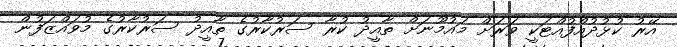
އޭރު ކުޅުދުއްފުއްޓަކީ ވަރަށް މައުމޫނަށް ތާއީދު ކުރާ ސަރުކާރުގެ ތާއީދު ސަރުކާރުގެ މުވައްޒަފުން